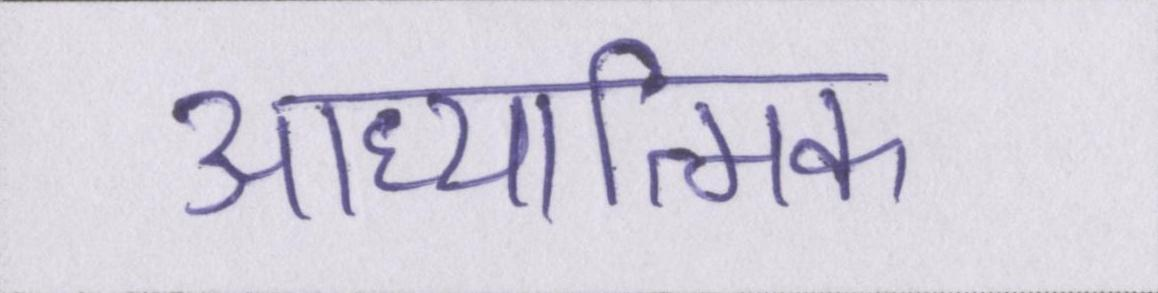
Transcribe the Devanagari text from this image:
आध्यात्मिक